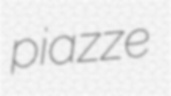
piazze